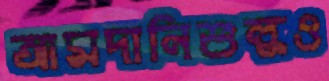
আমদানিশুল্কও